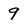
Character: 9